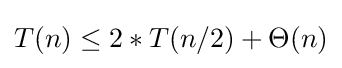
T(n)\leq 2*T(n/2)+\Theta (n)